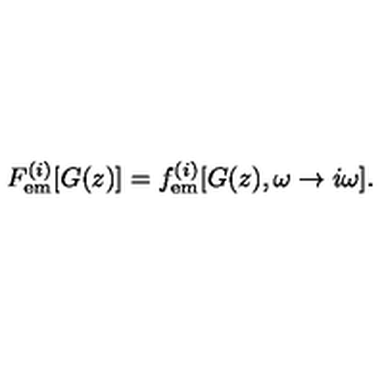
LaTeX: F _ { { \mathrm { e m } } } ^ { ( i ) } [ G ( z ) ] = f _ { { \mathrm { e m } } } ^ { ( i ) } [ G ( z ) , \omega \rightarrow i \omega ] .